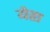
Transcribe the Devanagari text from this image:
येहा